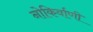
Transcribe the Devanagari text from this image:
नोकिर्वाणी